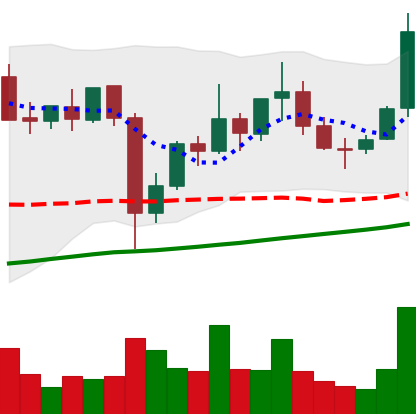
Ticker: XLM-USD
Chart end date: 2021-11-09
Forward return: -8.424%
Label: down_7plus